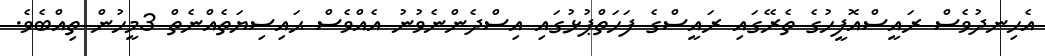
އެހިނދުވެސް ރައީސްއޮފީހުގެ ތެރޭގައި ރައީސްގެ ފަހަތްޕުޅުގައި އިސްދެންނެވުނު އެއްވެސް ޙައިސިޔަތެއްނެތް 3މީހުން ތިއްބެވެ.